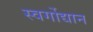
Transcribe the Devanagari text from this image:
स्वर्गोद्यान